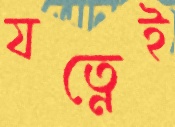
যত্নেই